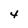
Character: 4